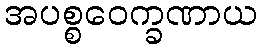
အပစ္စဝေက္ခဏာယ